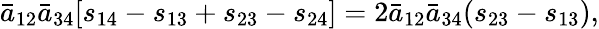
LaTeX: {\bar{a}}_{12}{\bar{a}}_{34}[s_{14}-s_{13}+s_{23}-s_{24}]=2{\bar{a}}_{12}{\bar{a}}_{34}(s_{23}-s_{13}),